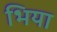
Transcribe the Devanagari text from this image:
भिया